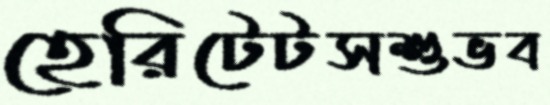
হেরিটেটসশুভব